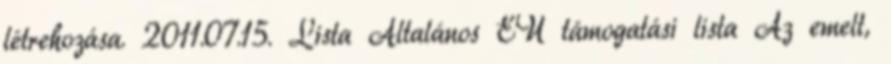
létrehozása. 2011.07.15. Lista Általános EÜ támogatási lista Az emelt,